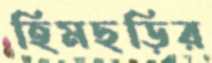
হিমছড়ির